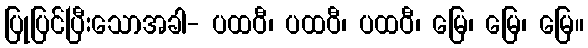
ပြုပြင်ပြီးသောအခါ- ပထဝီ၊ ပထဝီ၊ ပထဝီ၊ မြေ၊ မြေ၊ မြေ။